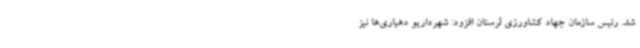
شد. رئیس سازمان جهاد کشاورزی لرستان افزود:‌ شهرداریو دهیاری‌ها نیز